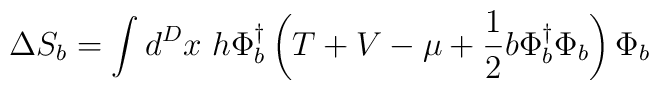
\Delta S_b = \int d^D x~h \Phi_b^{\dagger} \left( T + V - \mu + \frac{1}{2} b\Phi_b^{\dagger} \Phi_b \right) \Phi_b